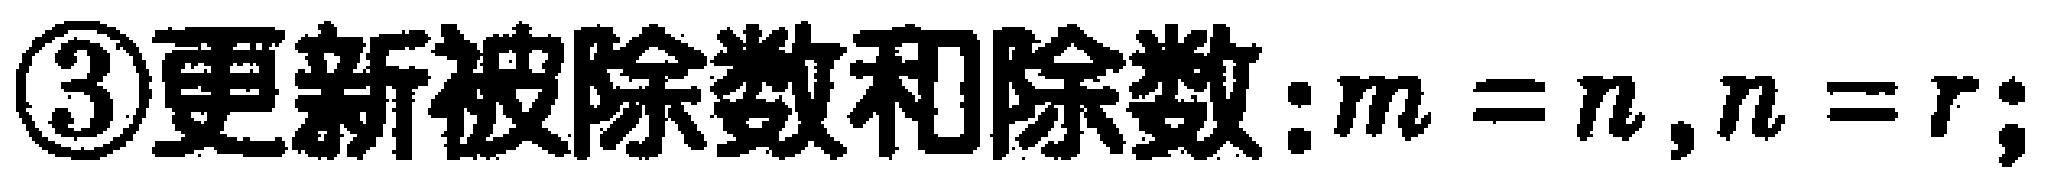
\textcircled{3}更新被除数和除数:$m = n,n = r;$